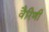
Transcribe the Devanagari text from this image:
वैरिणी